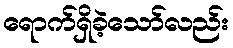
ရောက်ရှိခဲ့သော်လည်း